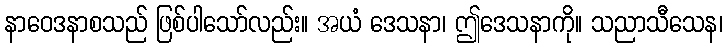
နာဝေဒနာစသည် ဖြစ်ပါသော်လည်း။ အယံ ဒေသနာ၊ ဤဒေသနာကို။ သညာသီသေန၊